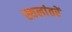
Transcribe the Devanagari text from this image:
स्थलांतरें